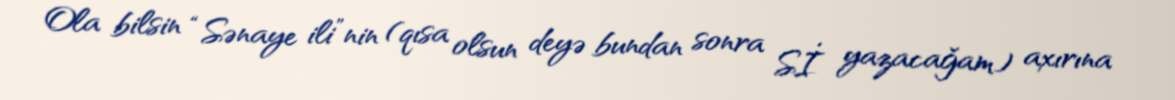
Ola bilsin “Sənaye ili”nin (qısa olsun deyə bundan sonra Sİ yazacağam) axırına